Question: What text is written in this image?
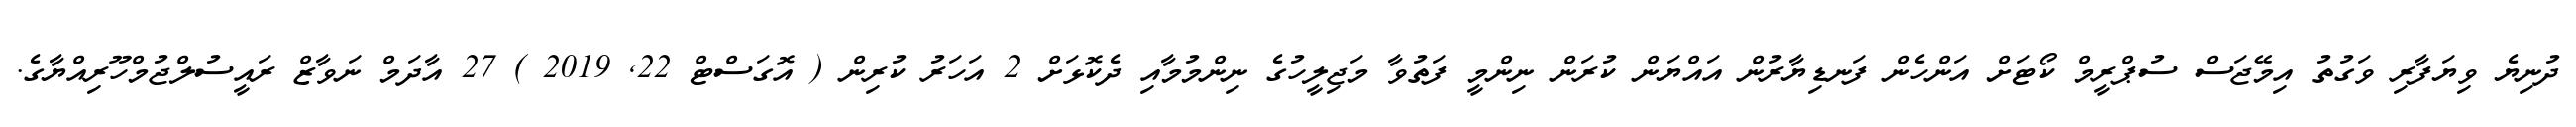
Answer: ދުނިޔެ ވިޔަފާރި ވަގުތު އިމޭޖަސް ސުޕްރީމް ކޯޓަށް އަންހެން ފަނޑިޔާރުން އައްޔަން ކުރަން ނިންމީ ފަތުވާ މަޖިލީހުގެ ނިންމުމާއި ދެކޮޅަށް 2 އަހަރު ކުރިން ( އޮގަސްޓް 22, 2019 ) 27 އާދަމް ނަވާޒް ރައީސުލްޖުމްހޫރިއްޔާގެ.